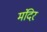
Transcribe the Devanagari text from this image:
मंंदिर